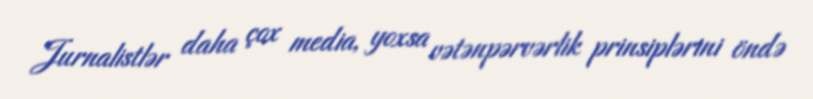
Jurnalistlər daha çox media, yoxsa vətənpərvərlik prinsiplərini öndə